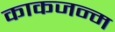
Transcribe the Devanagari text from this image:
काकजन्म